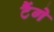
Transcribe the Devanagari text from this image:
टैंगे